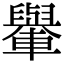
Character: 轝